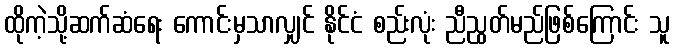
ထိုကဲ့သို့ဆက်ဆံရေး ကောင်းမှသာလျှင် နိုင်ငံ စည်းလုံး ညီညွတ်မည်ဖြစ်ကြောင်း သူ